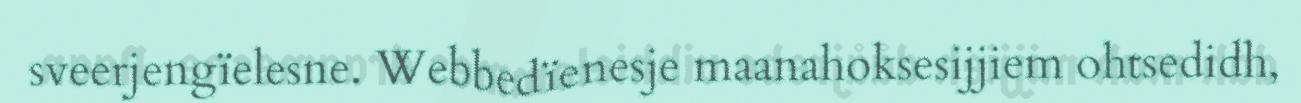
sveerjengïelesne. Webbedïenesje maanahoksesijjiem ohtsedidh,